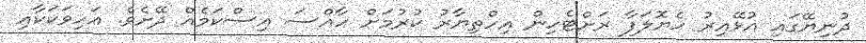
ދުނިޔޭގައި އުޅޭއިރު ހެޔޮލަފާ ރަށްޓެހިން އިހްތިޔާރު ކުރުމަށް ހާއްސަ އިސްކަމެއް ދޭށެވެ. އަހިވަކަކާއި